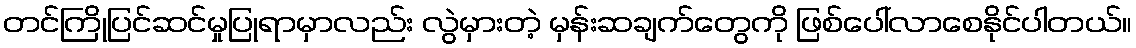
တင်ကြိုပြင်ဆင်မှုပြုရာမှာလည်း လွဲမှားတဲ့ မှန်းဆချက်တွေကို ဖြစ်ပေါ်လာစေနိုင်ပါတယ်။